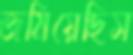
জমিয়েছিস